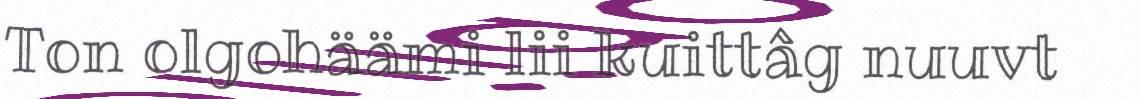
Ton olgohäämi lii kuittâg nuuvt